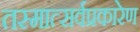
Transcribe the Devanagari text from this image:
तस्मात्सर्वप्रकारेण